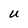
Character: U